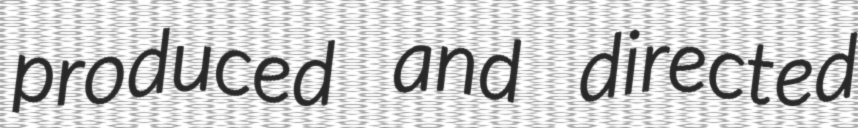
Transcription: produced and directed